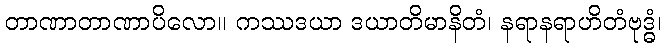
တာဏာတာဏာပိလော။ ကဿဒယာ ဒယာတိမာနိတံ၊ နရာနရာဟိတံဗုဒ္ဓံ၊